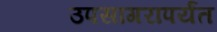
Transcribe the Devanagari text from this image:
उपसागरापर्यंत